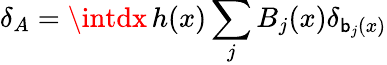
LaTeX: \delta_{A}=\intdx\, h(x)\sum_{j}B_{j}(x)\delta_{\mathsf{b}_{j}(x)}